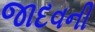
જાદવની